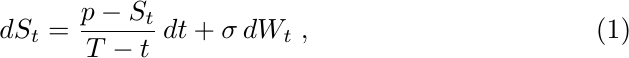
\begin{equation}\label{eqn:S-SDE}
    dS_t = \frac{p-S_t}{T-t}\,dt + \sigma \, dW_t\;,
\end{equation}